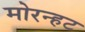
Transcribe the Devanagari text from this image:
मोरन्हट